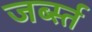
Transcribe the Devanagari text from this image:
जर्ब्स्त